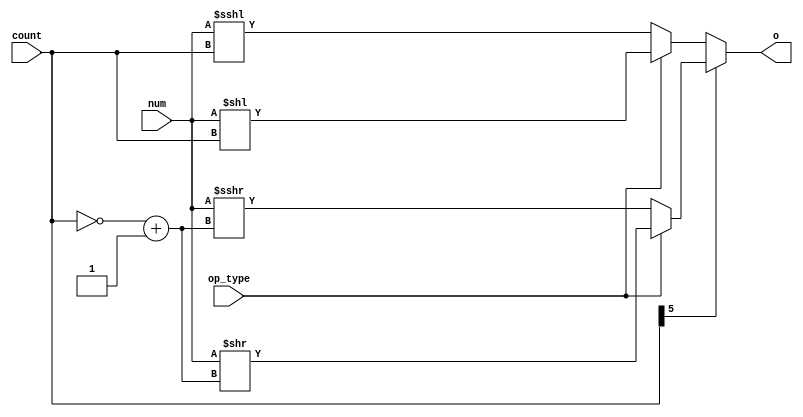
module Shift16(
    input [15:0] num,
    input [5:0] count,
    input op_type, //11 logical  00 arithmatic 01 rotating(Barrel)
    output reg[15:0] o
    );
	 
	 reg[15:0] out = 16'h0000;	
	 reg[5:0] lim = 6'b0 ;
	 integer k;
	 
	 
	 always @ (*)
	 begin : a	 
		integer i;
		if(count[5]) //right shift	
			begin
			lim = ~count+ 6'b1 ;	
				if(op_type)  //logical					
						out = num>>lim ;						
				else   //arithmatic
						out = $signed(num)>>>lim;
			end							
		else   //left shift					
			begin			
				if(op_type) //logical				
						out = num<< count;			
				else   //arithmatic
						out = $signed(num) <<< count;				
			end				
		o = out ;
	end	
		
endmodule